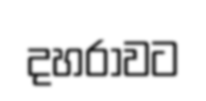
දහරාවට